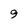
Character: 9